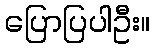
ပြောပြပါဦး။